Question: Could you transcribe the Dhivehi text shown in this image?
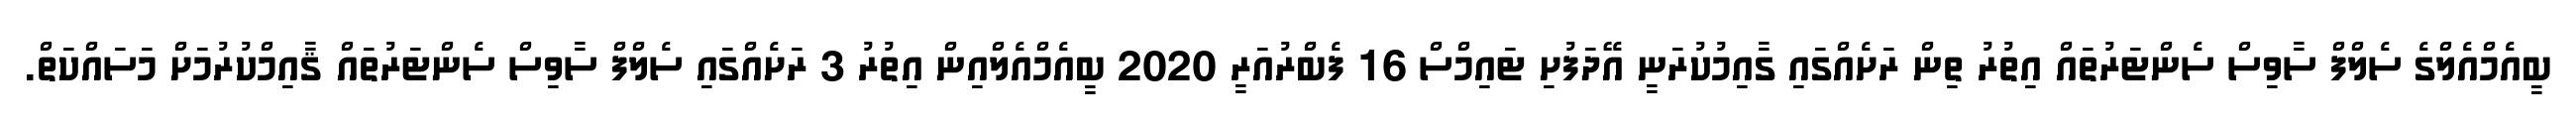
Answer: ބީއެމްއެލްގެ ސެލްފް ސާވިސް ސެންޓަރުތައް އިތުރު ތިން ރަށެއްގައި ގާއިމުކުރަނީ އޭދަފުށި ޓައިމްސް 16 ފެބްރުއަރީ 2020 ބީއެމްއެލްއިން އިތުރު 3 ރަށެއްގައި ސެލްފް ސާވިސް ސެންޓަރުތައް ޤާއިމްކުރުމަށް މަސައްކަތް.